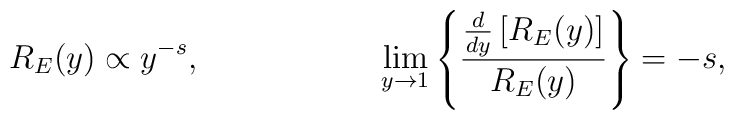
R_E(y) \propto y^{-s}, ~~~~~~~~~~~~~~~~   \lim_{y\rightarrow 1}\left\{\frac{\frac{d}{dy}\left[R_E(y)\right]}               {R_E(y)}\right\} = -s,